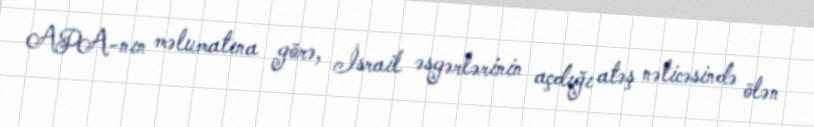
APA-nın məlumatına görə, İsrail əsgərlərinin açdığı atəş nəticəsində ölən